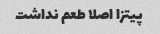
پیتزا اصلا طعم نداشت